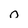
Character: o